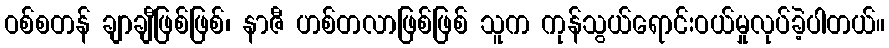
ဝစ်စတန် ချာချီဖြစ်ဖြစ်၊ နာဇီ ဟစ်တလာဖြစ်ဖြစ် သူက ကုန်သွယ်ရောင်းဝယ်မှုလုပ်ခဲ့ပါတယ်။